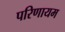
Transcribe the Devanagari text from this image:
परिणायम